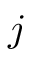
j